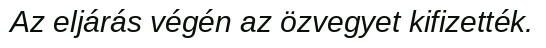
Az eljárás végén az özvegyet kifizették.